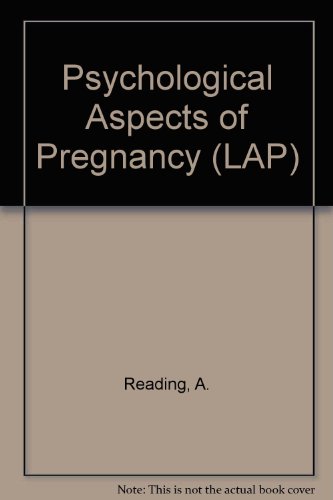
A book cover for Psychological Aspects of Pregnancy (LAP); Anthony Reading; Health, Fitness & Dieting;